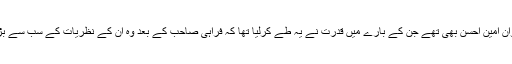
ان میں سے ایک نوجوان امین احسن بھی تھے جن کے بارے میں قدرت نے یہ طے کرلیا تھا کہ فراہی صاحب کے بعد وہ ان کے نظریات کے سب سے بڑے ترجمان بنیں گے۔